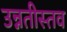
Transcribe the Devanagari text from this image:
उन्नतीस्तव